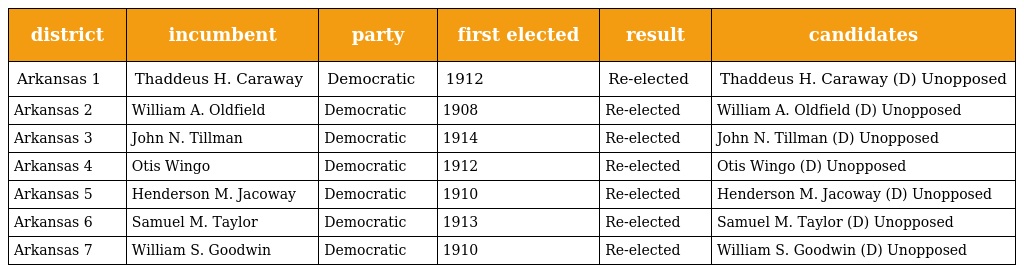
| district | incumbent | party | first elected | result | candidates |
 | --- | --- | --- | --- | --- | --- |
 | Arkansas 1 | Thaddeus H. Caraway | Democratic | 1912 | Re-elected | Thaddeus H. Caraway (D) Unopposed |
 | Arkansas 2 | William A. Oldfield | Democratic | 1908 | Re-elected | William A. Oldfield (D) Unopposed |
 | Arkansas 3 | John N. Tillman | Democratic | 1914 | Re-elected | John N. Tillman (D) Unopposed |
 | Arkansas 4 | Otis Wingo | Democratic | 1912 | Re-elected | Otis Wingo (D) Unopposed |
 | Arkansas 5 | Henderson M. Jacoway | Democratic | 1910 | Re-elected | Henderson M. Jacoway (D) Unopposed |
 | Arkansas 6 | Samuel M. Taylor | Democratic | 1913 | Re-elected | Samuel M. Taylor (D) Unopposed |
 | Arkansas 7 | William S. Goodwin | Democratic | 1910 | Re-elected | William S. Goodwin (D) Unopposed |